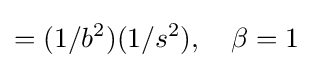
=(1/b^{2})(1/s^{2}),\quad \beta =1